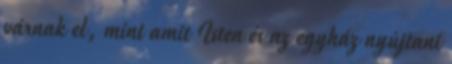
várnak el, mint amit Isten és az egyház nyújtani